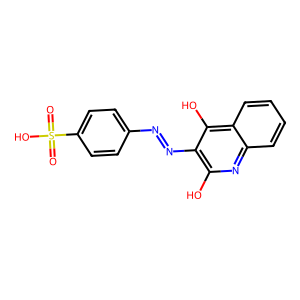
SMILES: O=S(=O)(O)c1ccc(N=Nc2c(O)nc3ccccc3c2O)cc1
Inhibits HIV replication: No